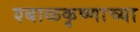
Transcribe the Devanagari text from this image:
श्बाळकृष्णाच्या